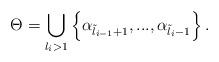
LaTeX: \begin{align*}\displaystyle\Theta=\bigcup\limits_{l_i>1}\left\{\alpha_{\tilde{l}_{i-1}+1},...,\alpha_{\tilde{l}_i-1}\right\}.\end{align*}